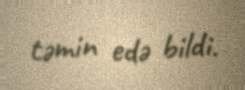
təmin edə bildi.